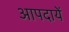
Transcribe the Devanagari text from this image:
आपदायें